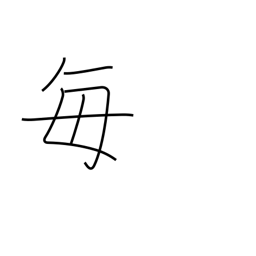
Meaning: every